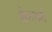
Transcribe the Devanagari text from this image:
क्षेमधर्म